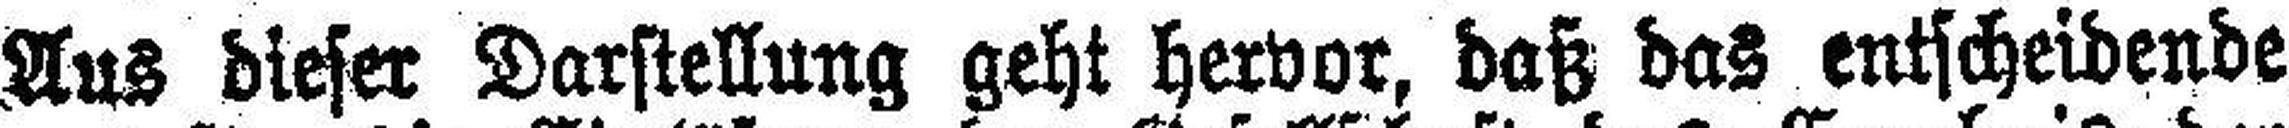
Aus dieser Darstellung geht hervor, daß das entscheidende